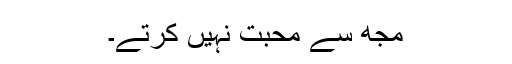
مجھ سے محبت نہیں کرتے۔